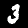
Digit: 3